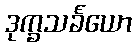
ဒုက္ခသင်္ခယော